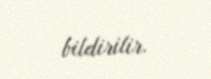
bildirilir.